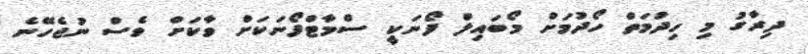
ދިރާގު މި ހިދުމަތް ހޯދުމަށް މޯބައިލް ފޯނަކީ ސްމާޓްފޯނަކަށް ވާކަށް ވެސް ނުޖެހޭނެ